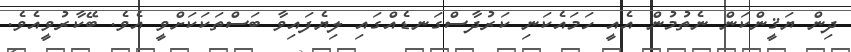
ދިން ޔަޤީންކަން ނެތުމުން އެއީ ހަމައެކަނި ކަރުދާސްގަނޑެއްގައި ލިޔެފައިވާ ބަސްތަކަކަށްވީ އެވެ. ބޭކާރުވީއެވެ.